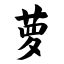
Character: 萝